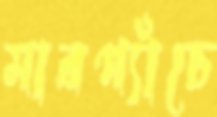
মারপ্যাঁচে